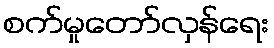
စက်မှုတော်လှန်ရေး